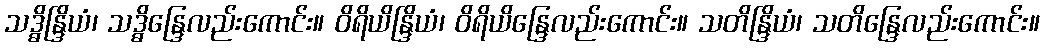
သဒ္ဓိန္ဒြိယံ၊ သဒ္ဓိန္ဒြေလည်းကောင်း။ ဝိရိယိန္ဒြိယံ၊ ဝိရိယိန္ဒြေလည်းကောင်း။ သတိန္ဒြိယံ၊ သတိန္ဒြေလည်းကောင်း။